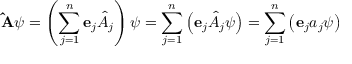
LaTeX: \mathbf { \hat { A } } \psi = \left( \sum _ { j = 1 } ^ { n } \mathbf { e } _ { j } { \hat { A } } _ { j } \right) \psi = \sum _ { j = 1 } ^ { n } \left( \mathbf { e } _ { j } { \hat { A } } _ { j } \psi \right) = \sum _ { j = 1 } ^ { n } \left( \mathbf { e } _ { j } a _ { j } \psi \right)